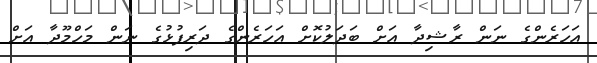
އަހަރެންގެ ނަން ރާޝިދާ އަށް ބަދަލުކޮށް އަހަރެންގެ ދަރިފުޅުގެ ނަން މަހްމޫދާ އަށް